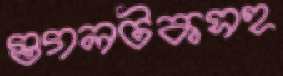
গুগলটকসহ